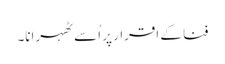
فنا کے اقرار پر اُسے ٹھہرانا۔